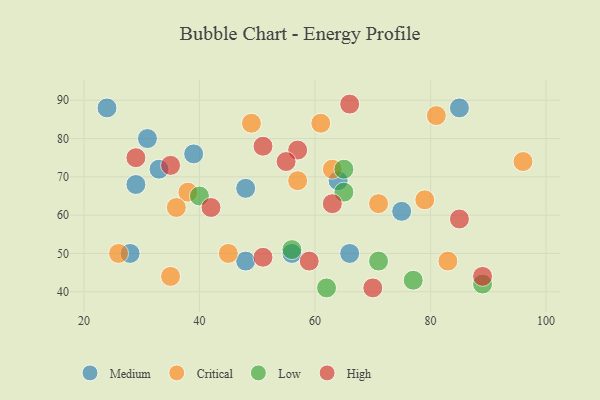
{"axis": {"x": "GDP", "y": "Life Expectancy"}, "legend": ["Critical", "High", "Low", "Medium"], "data": [{"x": "66", "y": 50, "type": "Medium"}, {"x": "56", "y": 50, "type": "Medium"}, {"x": "31", "y": 80, "type": "Medium"}, {"x": "48", "y": 48, "type": "Medium"}, {"x": "33", "y": 72, "type": "Medium"}, {"x": "24", "y": 88, "type": "Medium"}, {"x": "28", "y": 50, "type": "Medium"}, {"x": "75", "y": 61, "type": "Medium"}, {"x": "39", "y": 76, "type": "Medium"}, {"x": "29", "y": 68, "type": "Medium"}, {"x": "48", "y": 67, "type": "Medium"}, {"x": "85", "y": 88, "type": "Medium"}, {"x": "64", "y": 69, "type": "Medium"}, {"x": "38", "y": 66, "type": "Critical"}, {"x": "81", "y": 86, "type": "Critical"}, {"x": "83", "y": 48, "type": "Critical"}, {"x": "96", "y": 74, "type": "Critical"}, {"x": "45", "y": 50, "type": "Critical"}, {"x": "26", "y": 50, "type": "Critical"}, {"x": "57", "y": 69, "type": "Critical"}, {"x": "63", "y": 72, "type": "Critical"}, {"x": "79", "y": 64, "type": "Critical"}, {"x": "36", "y": 62, "type": "Critical"}, {"x": "49", "y": 84, "type": "Critical"}, {"x": "71", "y": 63, "type": "Critical"}, {"x": "61", "y": 84, "type": "Critical"}, {"x": "35", "y": 44, "type": "Critical"}, {"x": "65", "y": 66, "type": "Low"}, {"x": "56", "y": 51, "type": "Low"}, {"x": "65", "y": 72, "type": "Low"}, {"x": "77", "y": 43, "type": "Low"}, {"x": "71", "y": 48, "type": "Low"}, {"x": "40", "y": 65, "type": "Low"}, {"x": "89", "y": 42, "type": "Low"}, {"x": "62", "y": 41, "type": "Low"}, {"x": "51", "y": 49, "type": "High"}, {"x": "35", "y": 73, "type": "High"}, {"x": "57", "y": 77, "type": "High"}, {"x": "70", "y": 41, "type": "High"}, {"x": "63", "y": 63, "type": "High"}, {"x": "59", "y": 48, "type": "High"}, {"x": "51", "y": 78, "type": "High"}, {"x": "55", "y": 74, "type": "High"}, {"x": "29", "y": 75, "type": "High"}, {"x": "66", "y": 89, "type": "High"}, {"x": "42", "y": 62, "type": "High"}, {"x": "85", "y": 59, "type": "High"}, {"x": "89", "y": 44, "type": "High"}]}